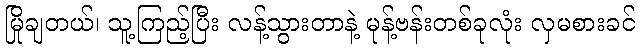
မြိုချတယ်၊ သူ့ကြည့်ပြီး လန့်သွားတာနဲ့ မုန့်ဗန်းတစ်ခုလုံး လှမစားခင်